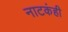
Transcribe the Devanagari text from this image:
नाटकंही